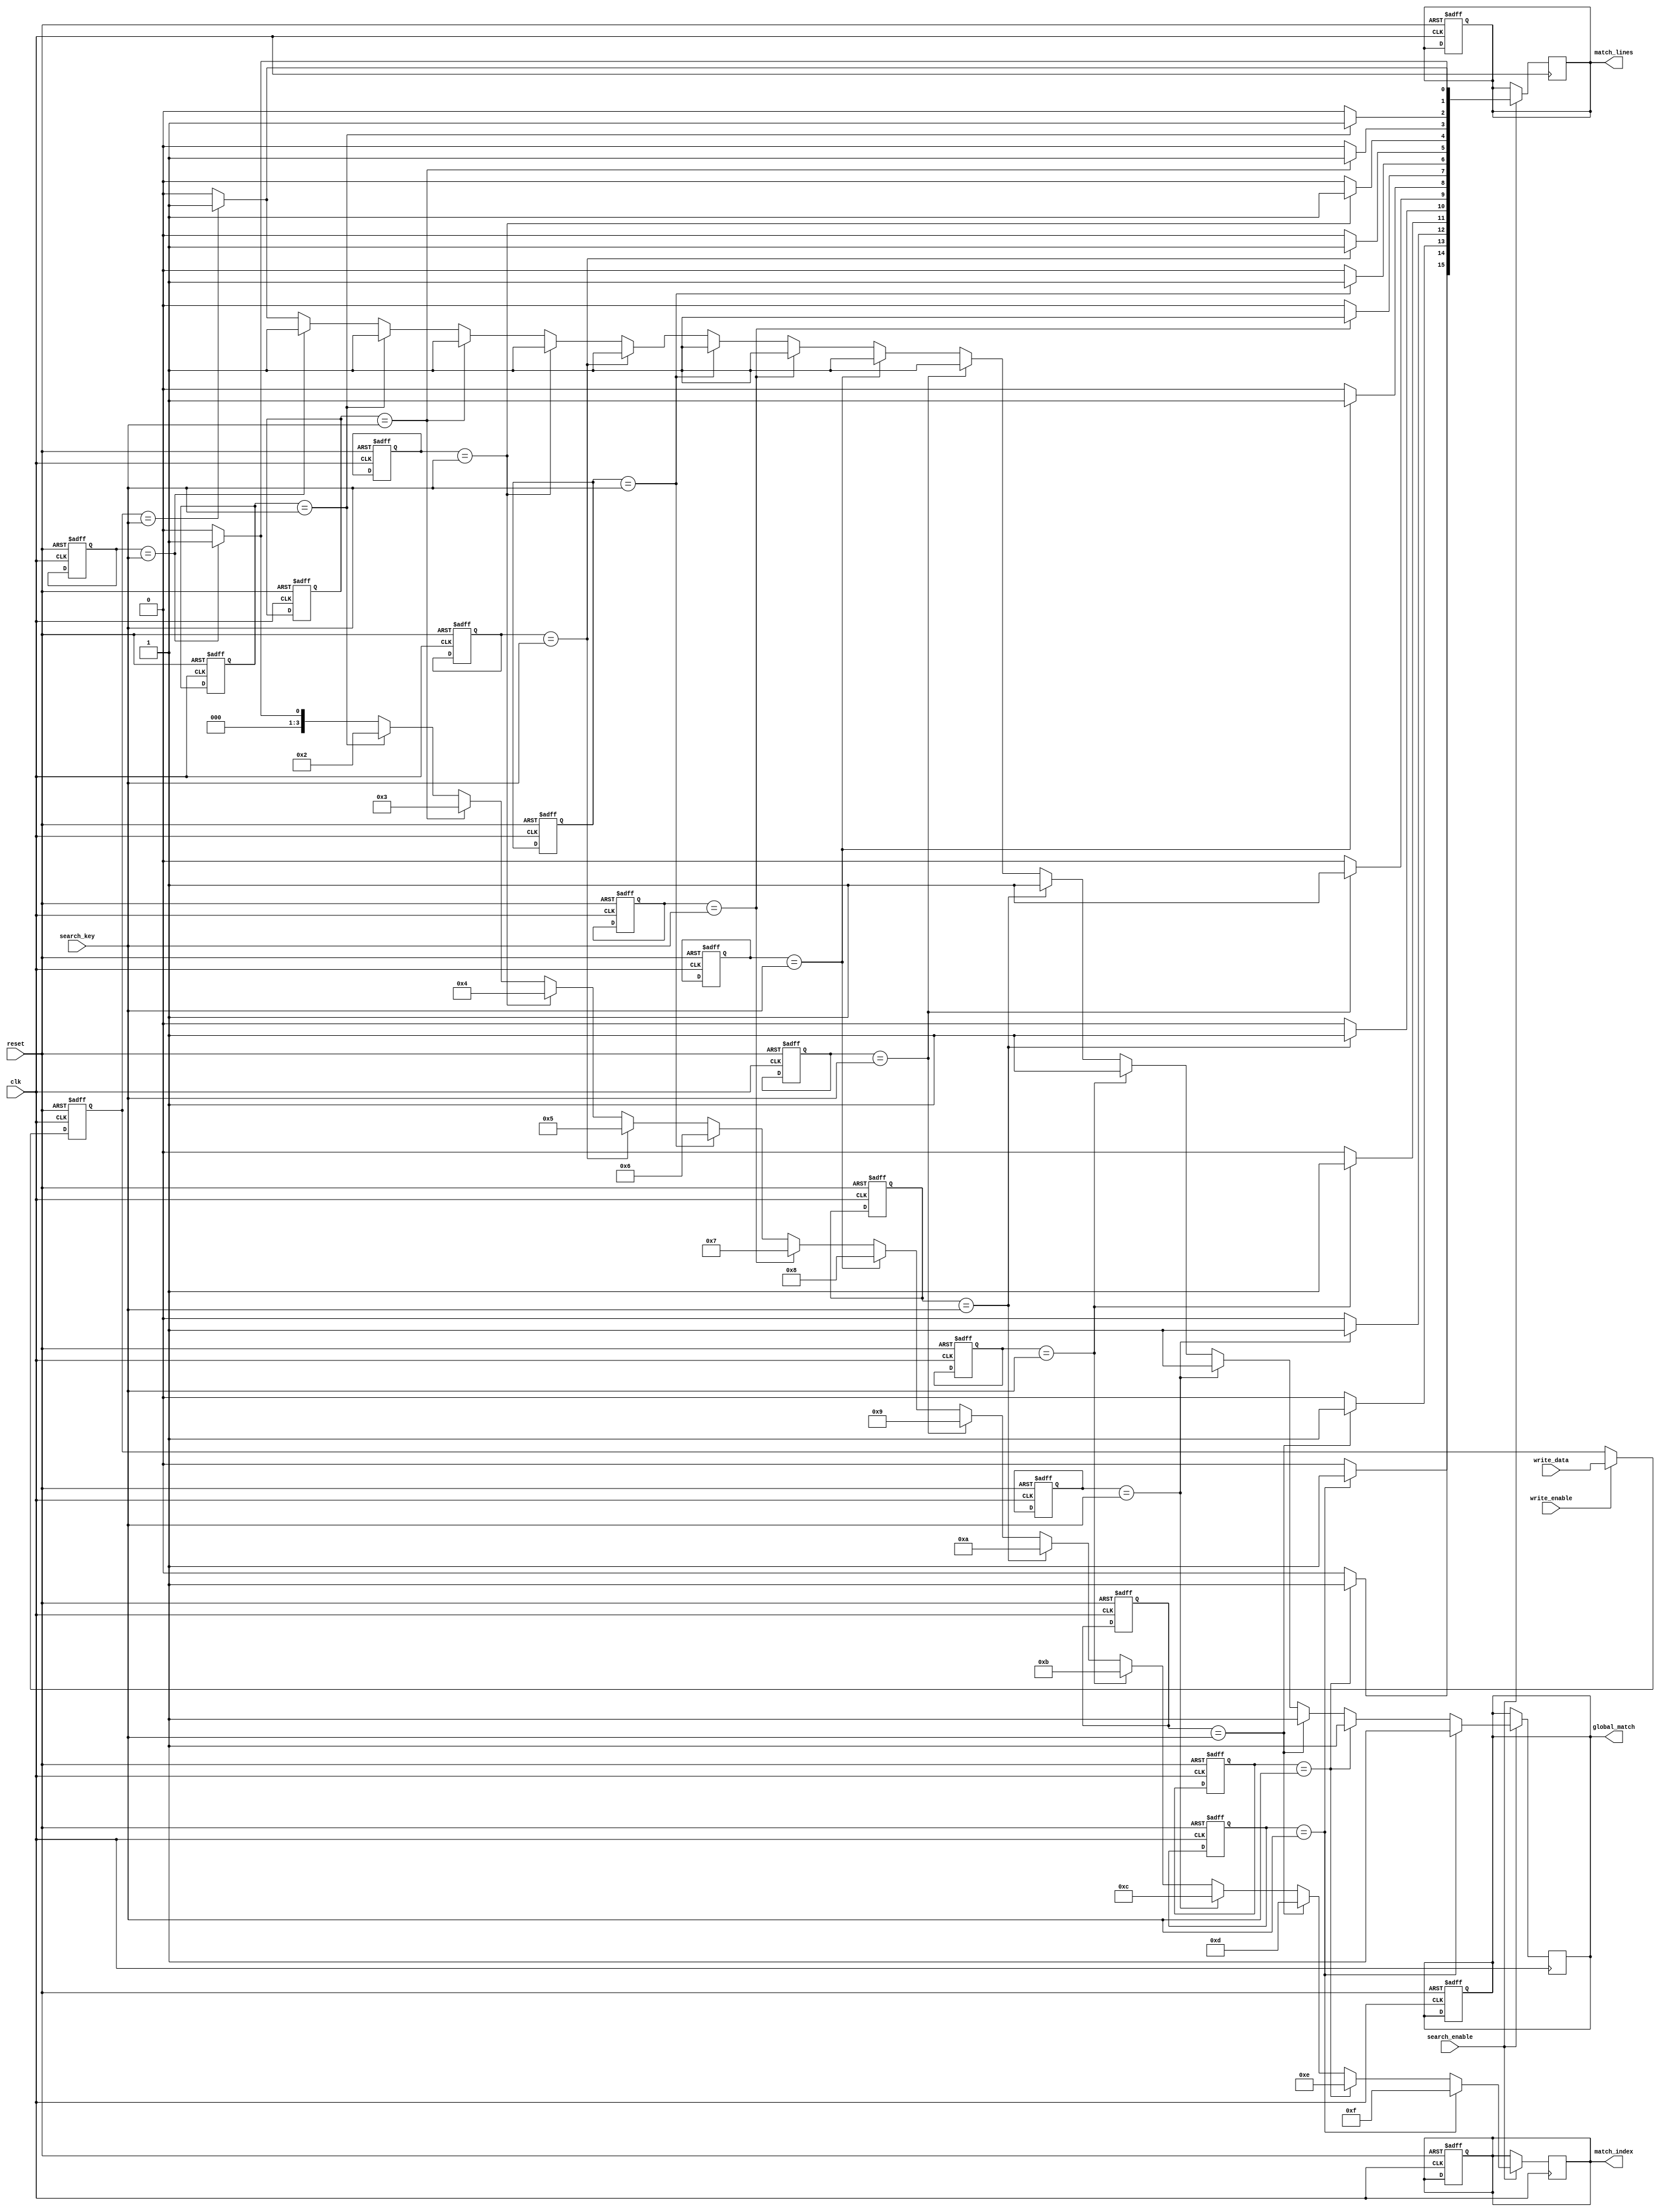
module column_based_cam #(
    parameter W = 8, // Word length in bits
    parameter N = 16 // Number of entries
)(
    input wire clk,
    input wire reset,
    input wire [W-1:0] search_key, // Input search key
    input wire [W-1:0] write_data, // Data to write
    input wire write_enable, // Write enable signal
    input wire search_enable, // Search enable signal
    output reg [N-1:0] match_lines, // Match lines for each entry
    output reg [clog2(N)-1:0] match_index, // Index of the first match
    output reg global_match // Global match line
);

    // Memory array to store the entries
    reg [W-1:0] cam_memory [0:N-1];

    // Internal signals
    integer i;
    reg [N-1:0] temp_match_lines;

    // Function to calculate log base 2
    function integer clog2;
        input integer value;
        begin
            value = value - 1;
            for (clog2 = 0; value > 0; clog2 = clog2 + 1)
                value = value >> 1;
        end
    endfunction

    // Write operation
    always @(posedge clk or posedge reset) begin
        if (reset) begin
            // Reset CAM memory
            for (i = 0; i < N; i = i + 1) begin
                cam_memory[i] <= {W{1'b0}};
            end
            match_lines <= {N{1'b0}};
            global_match <= 1'b0;
            match_index <= {clog2(N){1'b0}};
        end else if (write_enable) begin
            // Write data to CAM memory
            cam_memory[0] <= write_data; // For simplicity, writing to the first entry
        end
    end

    // Search operation
    always @(posedge clk) begin
        if (search_enable) begin
            temp_match_lines = {N{1'b0}};
            global_match = 1'b0;
            match_index = {clog2(N){1'b0}};
            for (i = 0; i < N; i = i + 1) begin
                if (cam_memory[i] == search_key) begin
                    temp_match_lines[i] = 1'b1;
                    global_match = 1'b1;
                    match_index = i; // Capture the first match index
                end
            end
            match_lines <= temp_match_lines;
        end
    end

endmodule